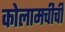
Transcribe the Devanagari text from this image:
कोलामचीची